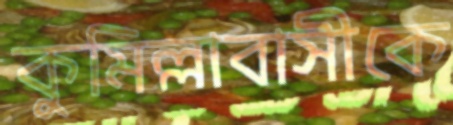
কুমিল্লাবাসীকে